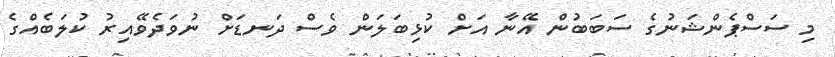
މި ސަސްޕެންޝަނުގެ ސަބަބުން އޭނާ އަށް ކުޅިބަލަން ވެސް ދަނޑަށް ނުވަދެވޭއިރު ކުލަބެއްގެ